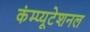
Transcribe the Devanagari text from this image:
कंम्‍प्‍यूटेशनल